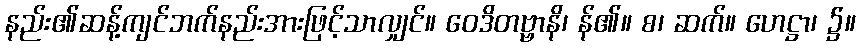
နည်း၏ဆန့်ကျင်ဘက်နည်းအားဖြင့်သာလျှင်။ ဝေဒိတဗ္ဗာနိ၊ န်၏။ စ၊ ဆက်။ ဟေဋ္ဌာ၊ ၌။